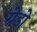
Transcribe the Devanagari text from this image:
ग्रेडो